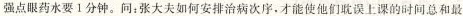
强点眼药水要1分钟。问：张大夫如何安排治病次序.才能使他们耽误上课的时间总和最